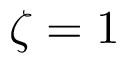
\zeta = 1